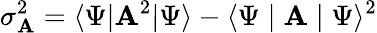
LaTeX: \sigma_{\mathbf{A}}^{2}=\langle\Psi|\mathbf{A}^{2}|\Psi\rangle-\langle\Psi\mid\mathbf{A}\mid\Psi\rangle^{2}